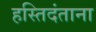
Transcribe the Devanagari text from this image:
हस्तिदंताना